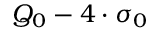
Q _ { 0 } - 4 \cdot \sigma _ { 0 }